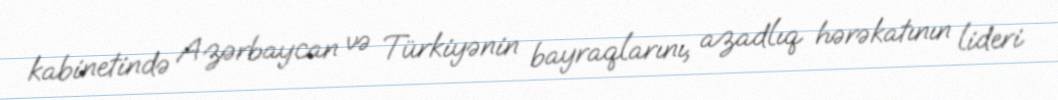
kabinetində Azərbaycan və Türkiyənin bayraqlarını, azadlıq hərəkatının lideri